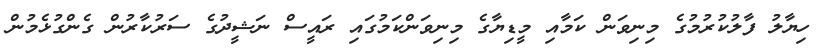
ހިޔާލު ފާލުކުރުމުގެ މިނިވަން ކަމާއި މީޑިޔާގެ މިނިވަންކަމުގައި ރައީސް ނަޝީދުގެ ސަރުކާރުން ގެންގުޅެމުން